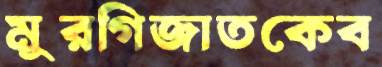
মুরগিজাতকেব